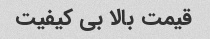
قیمت بالا بی کیفیت